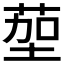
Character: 𫈠